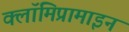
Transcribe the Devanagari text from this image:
क्लॉमिप्रामाइन